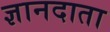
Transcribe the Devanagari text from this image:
ज्ञानदाता